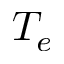
T _ { e }